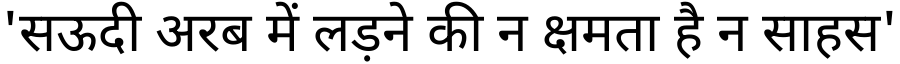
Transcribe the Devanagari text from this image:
'सऊदी अरब में लड़ने की न क्षमता है न साहस'